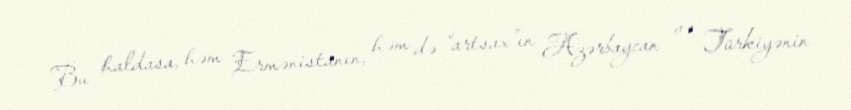
Bu haldasa, həm Ermənistanın, həm də “artsax”ın Azərbaycan və Türkiyənin